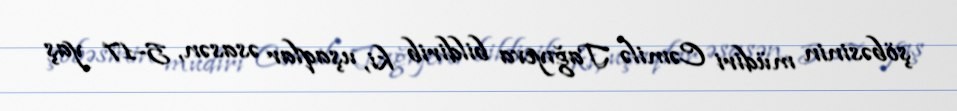
şöbəsinin müdiri Cəmilə Tağıyeva bildirib ki, uşaqlar əsasən, 5-17 yaş